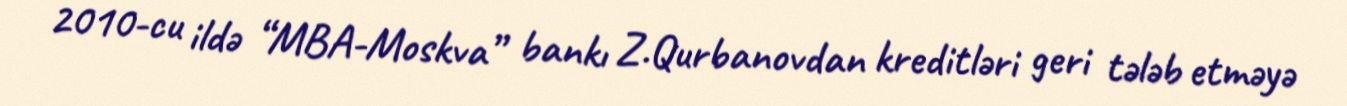
2010-cu ildə “MBA-Moskva” bankı Z.Qurbanovdan kreditləri geri tələb etməyə